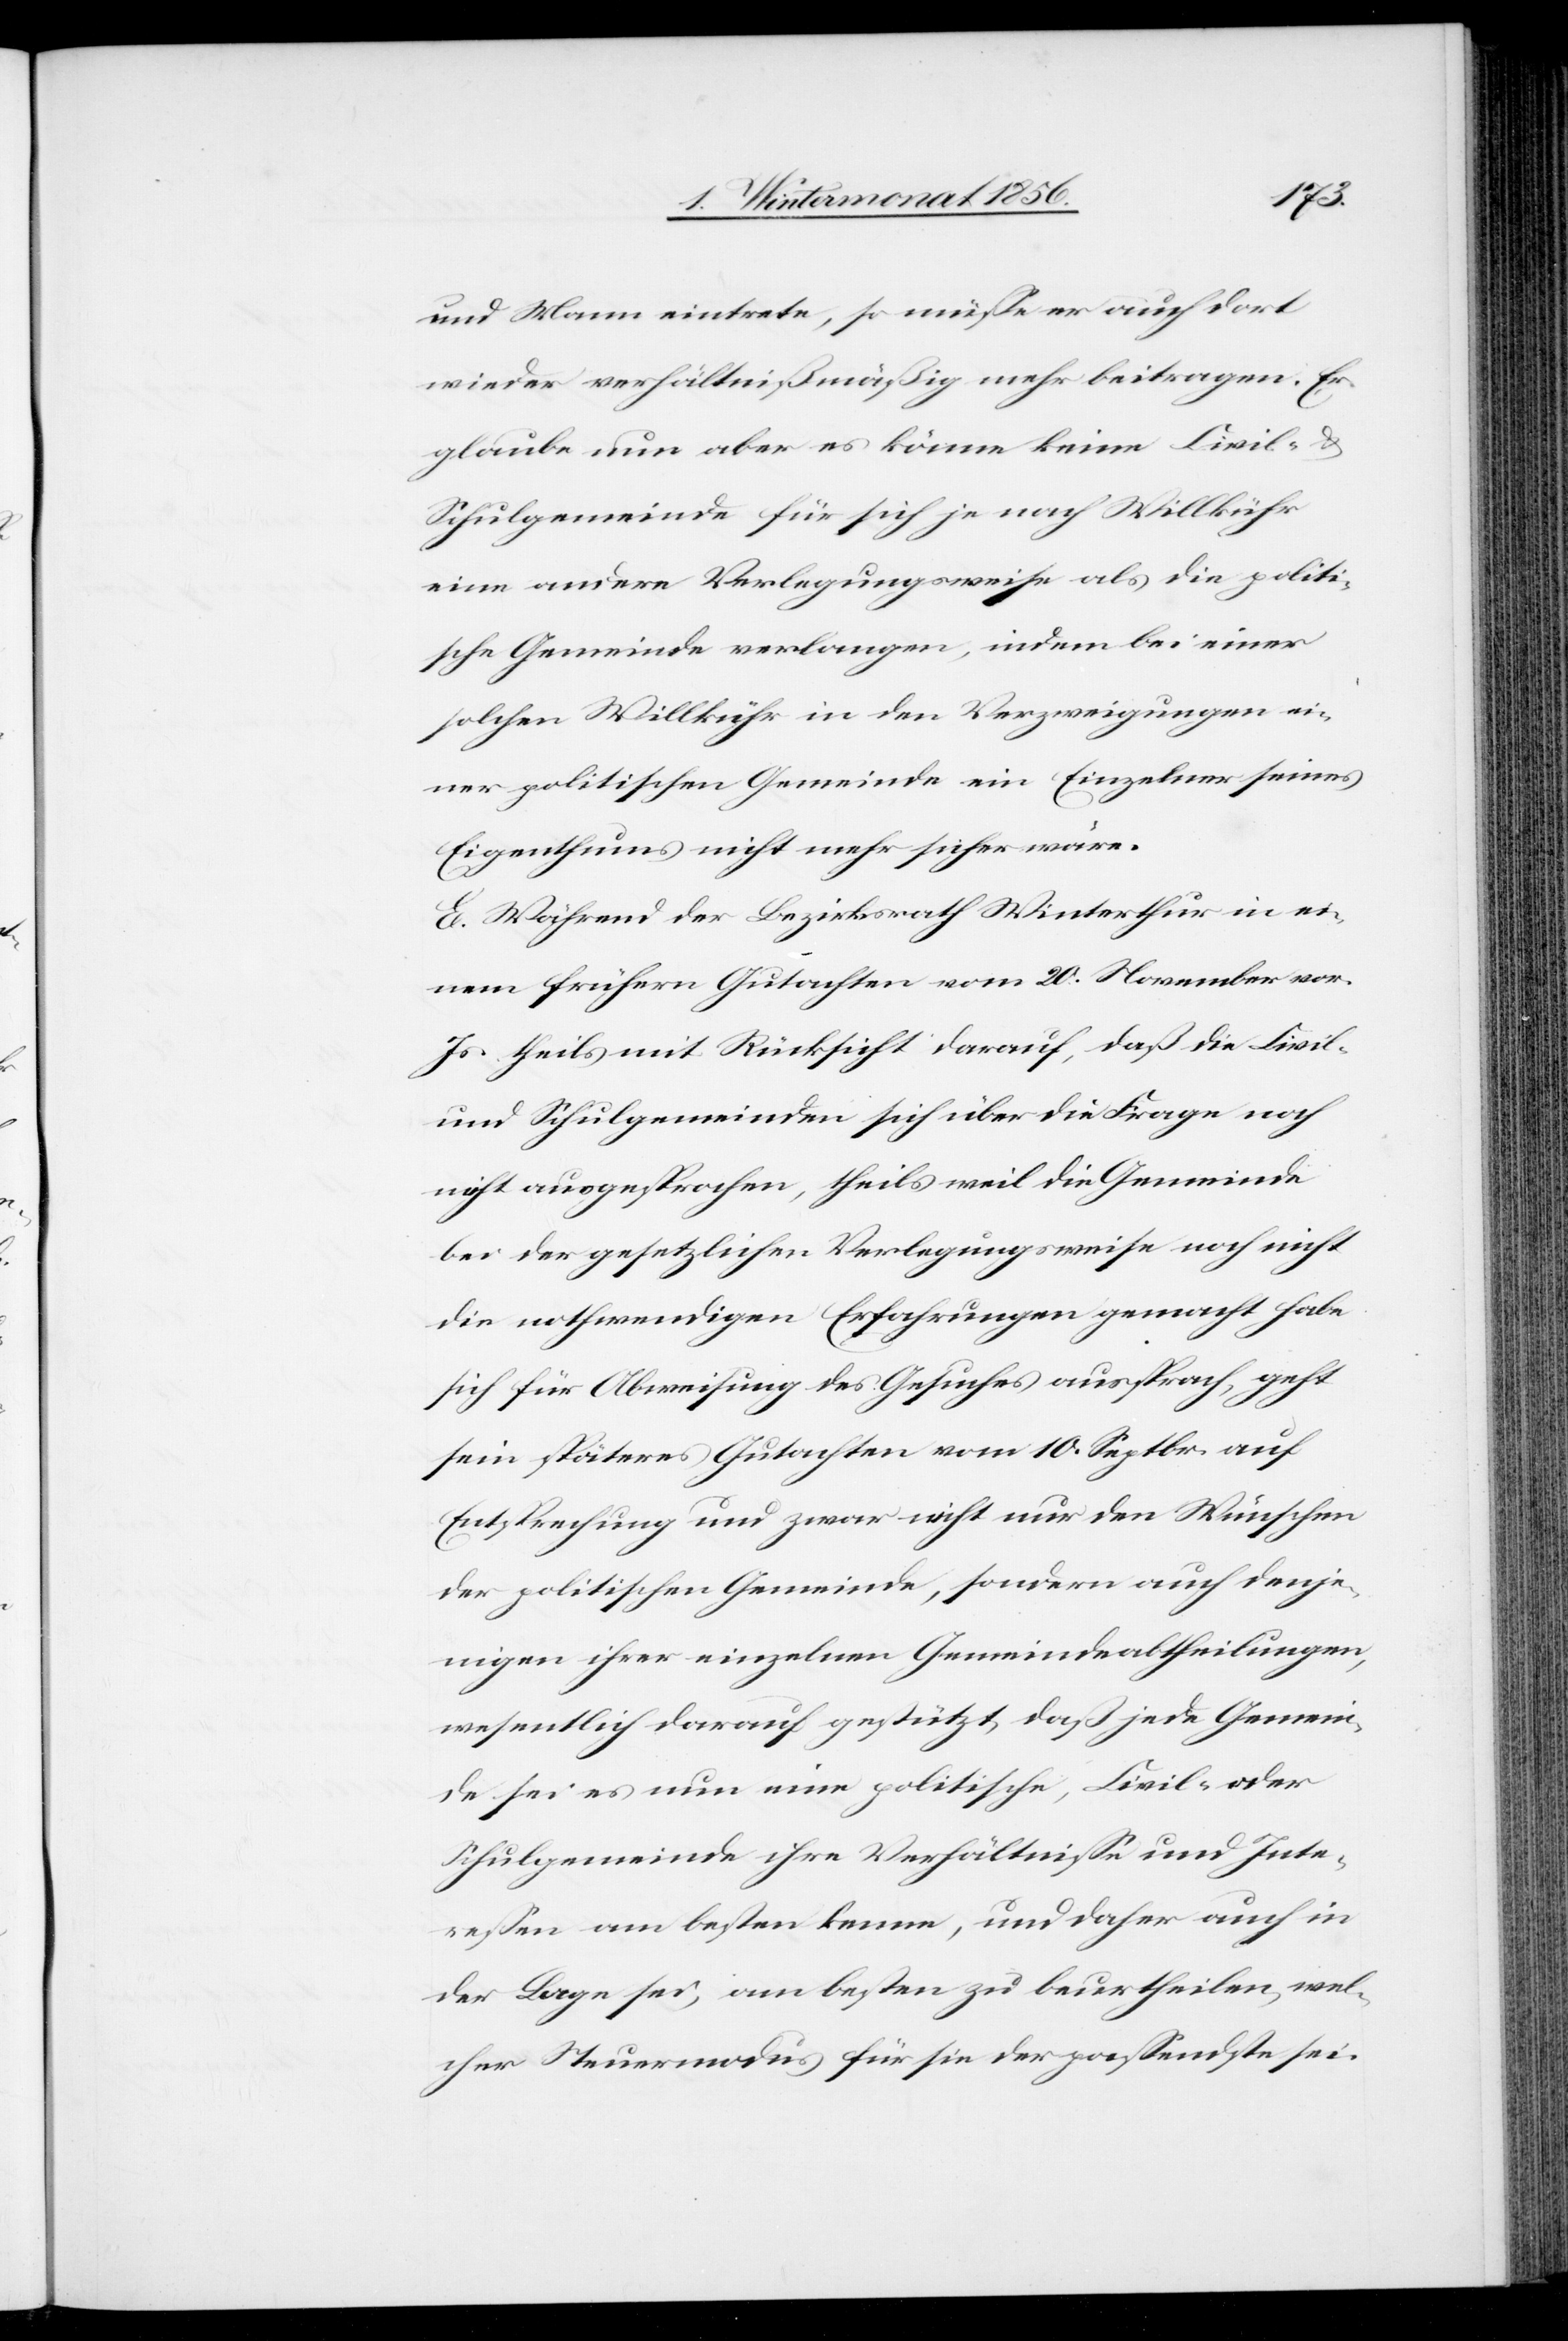
und Mann eintrete, so müsse er auch dort
wieder verhältnißmäßig mehr beitragen. Er
glaube nun aber es könne keine Civil-&
Schulgemeinde für sich je nach Willkühr
eine andere Verlegungsweise als die politi¬
sche Gemeinde verlangen, indem bei einer
solchen Willkühr in den Verzweigungen ei¬
ner politischen Gemeinde ein Einzelner seines
Eigenthums nicht mehr sicher wäre.
E. Während der Bezirksrath Winterthur in ei¬
nem frühern Gutachten vom 20. November vor.
Js. theils mit Rücksicht darauf, daß die Civil-
und Schulgemeinden sich über die Frage noch
nicht ausgesprochen, theils weil die Gemeinde
bei der gesetzlichen Verlegungsweise noch nicht
die nothwendigen Erfahrungen gemacht habe
sich für Abweisung des Gesuches aussprach, geht
sein späteres Gutachten vom 10. Septbr. auf
Entsprechung und zwar nicht nur den Wünschen
der politischen Gemeinde, sondern auch denje¬
nigen ihrer einzelnen Gemeindeabtheilungen,
wesentlich darauf gestützt, daß jede Gemein¬
de sei es nun eine politische, Civil- oder
Schulgemeinde ihre Verhältnisse und Inte¬
ressen am besten kenne, und daher auch in
der Lage sei, am besten zu beurtheilen, wel¬
cher Steuermodus für sie der passendste sei.